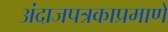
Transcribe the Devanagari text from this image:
अंदाजपत्रकाप्रमाणे